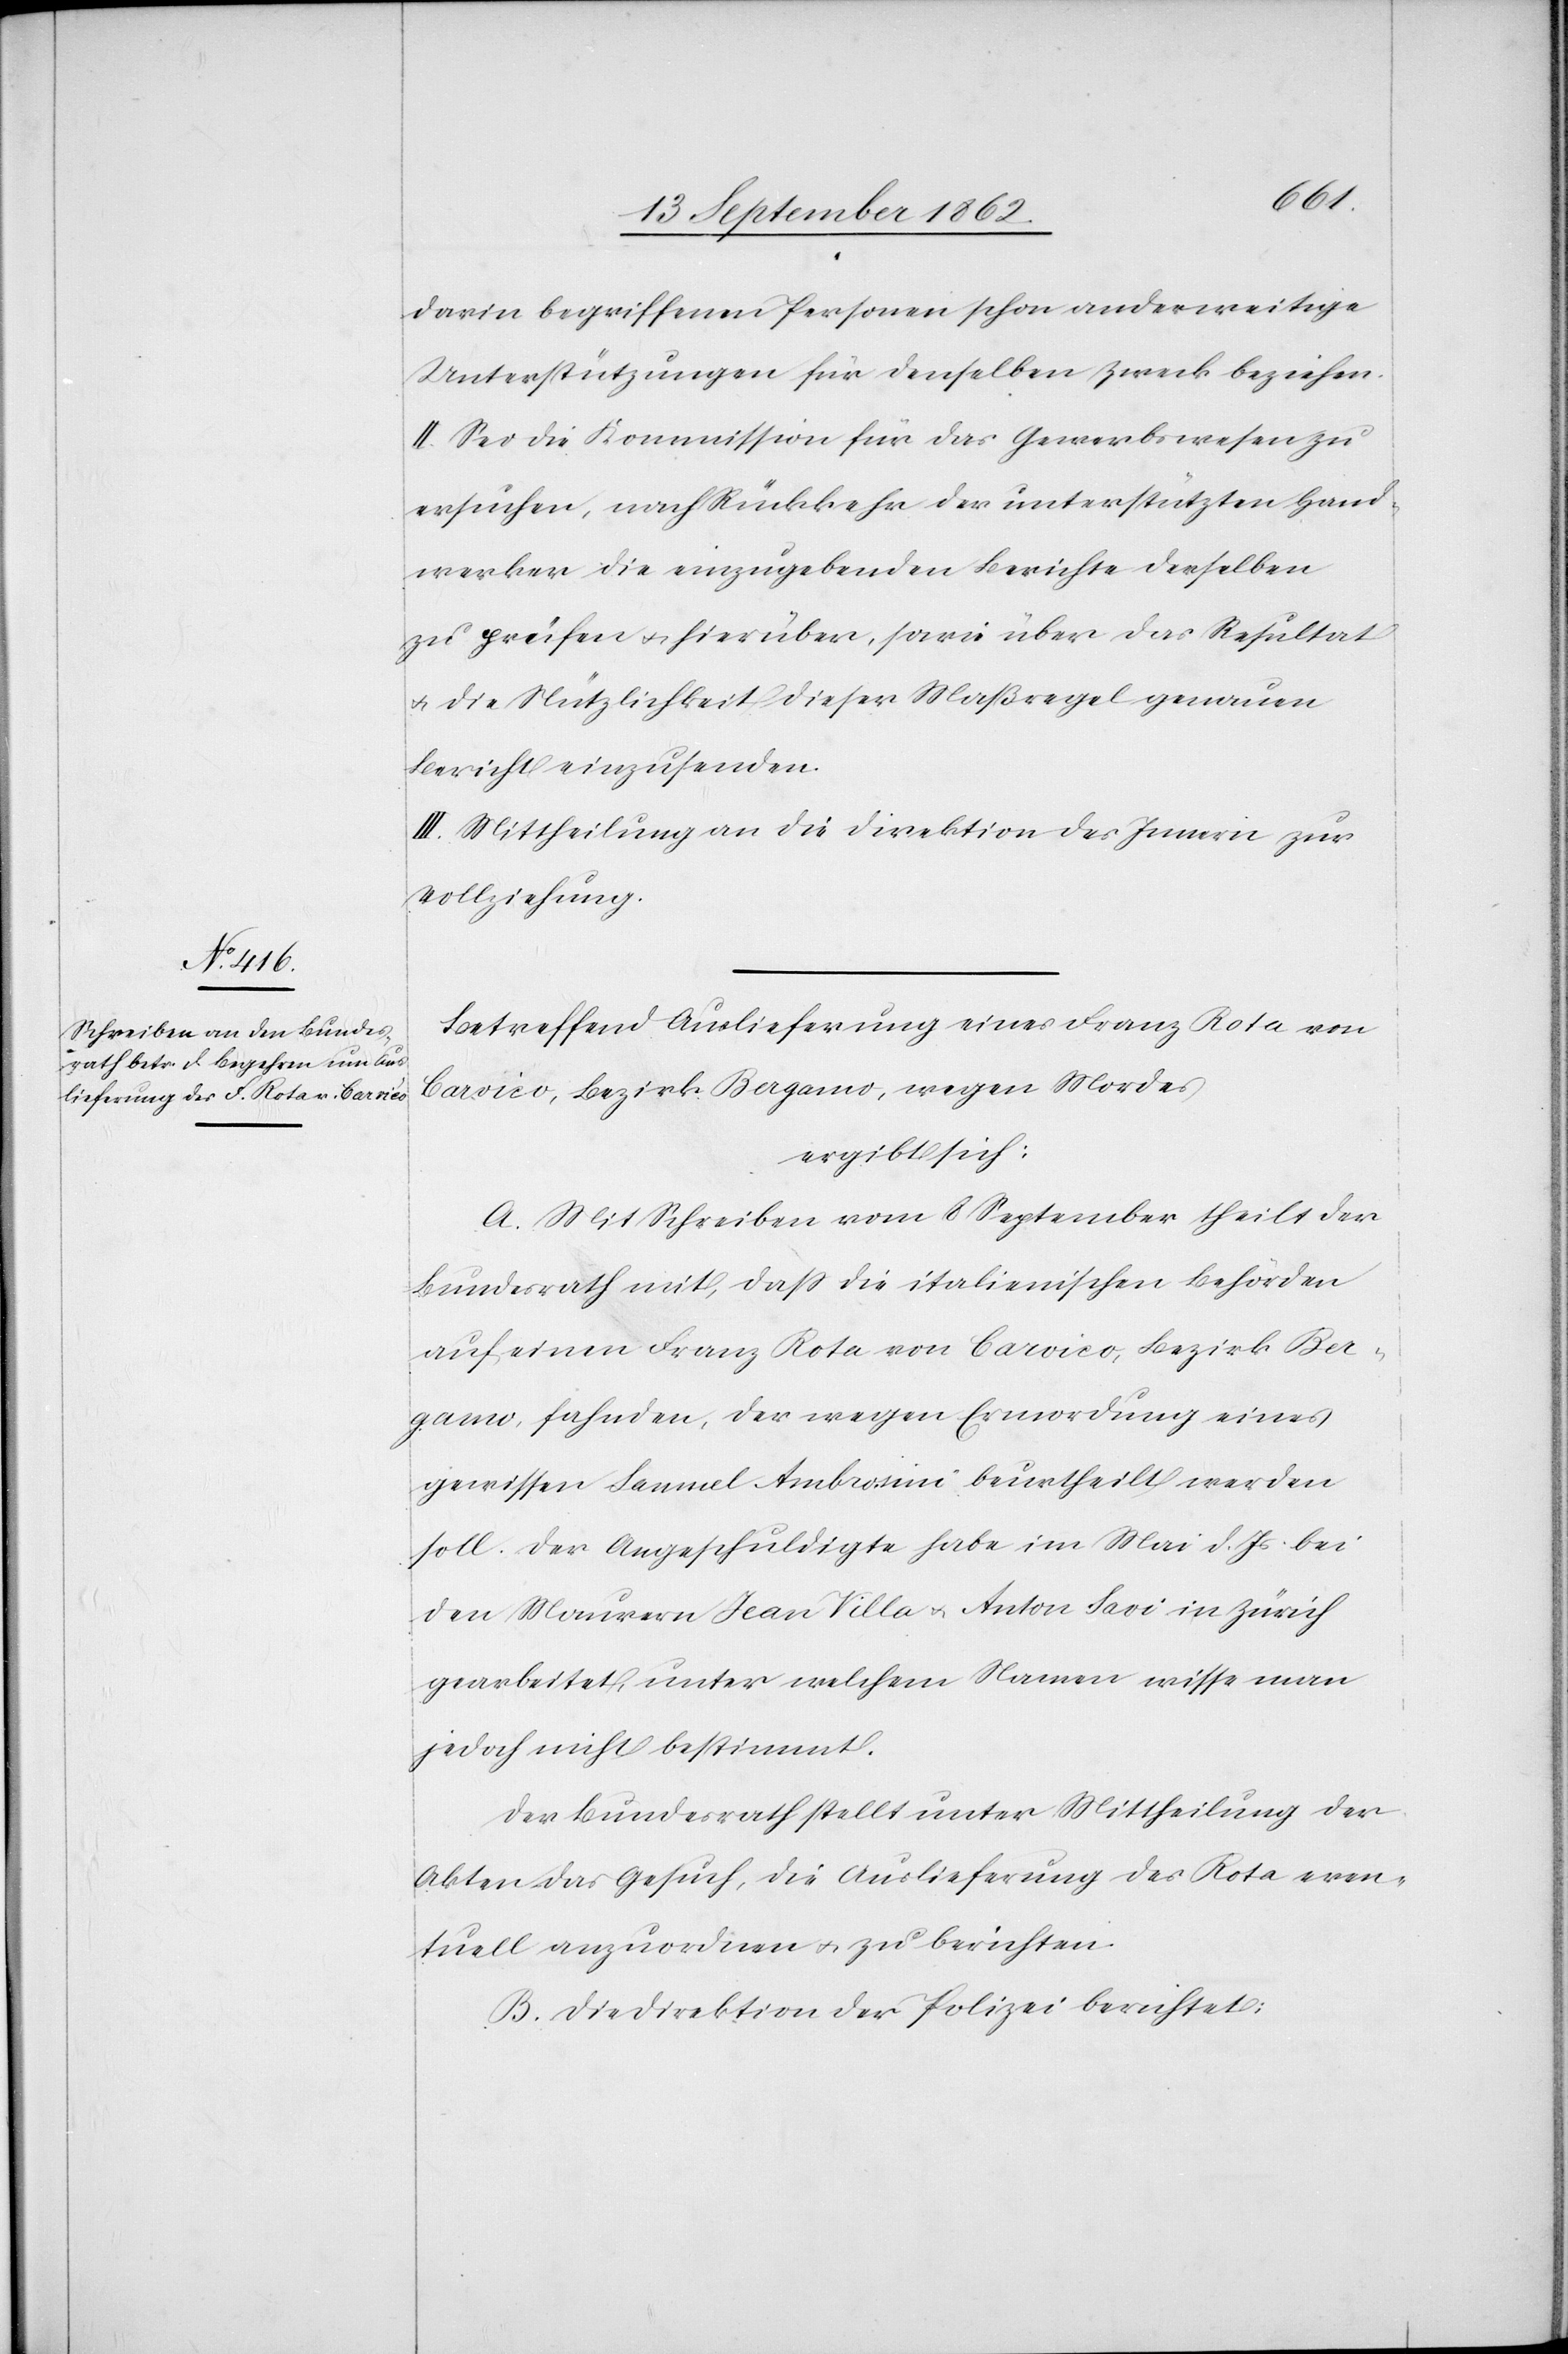
darin begriffenen Personen schon anderweitige
Unterstützungen für denselben Zweck beziehen.
II. Sei die Kommission für das Gewerbswesen zu
ersuchen, nach Rückkehr der unterstützten Hand¬
werker die einzugebenden Berichte desselben
zu prüfen u. hierüber, sowie über das Resultat
u. die Nützlichkeit dieser Maßregel genauen
Bericht einzusenden.
III. Mittheilung an die Direktion des Innern zur
Vollziehung.
Betreffend Auslieferung eines Franz Rota von
Carvico, Bezirk Bergamo, wegen Mordes
ergibt sich:
A. Mit Schreiben vom 8. September theilt der
Bundesrath mit, daß die italienischen Behörden
auf einen Franz Rota von Carvico, Bezirk Ber¬
gamo, fahnden, der wegen Ermordung eines
gewissen Samuel Ambrosini beurtheilt werden
soll. Der Angeschuldigte habe im Mai d. Js. bei
den Maurern Jean Villa u. Anton Savi in Zürich
gearbeitet, unter welchem Namen wisse man
jedoch nicht bestimmt.
Der Bundesrath stellt unter Mittheilung der
Akten das Gesuch, die Auslieferung des Rota even¬
tuell anzuordnen u. zu berichten.
B. Die Direktion der Polizei berichtet: